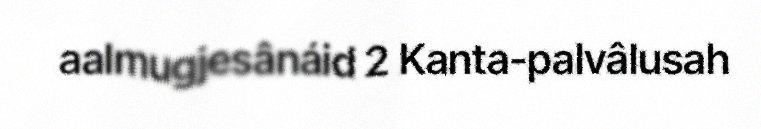
aalmugjesânáid 2 Kanta-palvâlusah